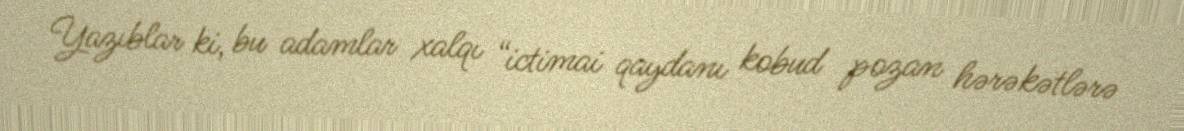
Yazıblar ki, bu adamlar xalqı “ictimai qaydanı kobud pozan hərəkətlərə